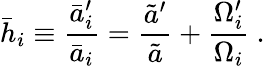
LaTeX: \bar{h}_{i}\equiv{\frac{\bar{a}_{i}^{\prime}}{\bar{a}_{i}}}={\frac{\tilde{a}^{\prime}}{\tilde{a}}}+{\frac{\Omega_{i}^{\prime}}{\Omega_{i}}}\ .